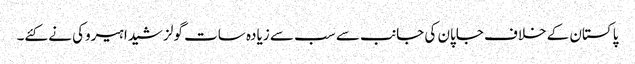
پاکستان کے خلاف جاپان کی جانب سے سب سے زیادہ سات گولز شیدا ہیروکی نے کئے۔